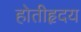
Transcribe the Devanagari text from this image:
होतीहृदय